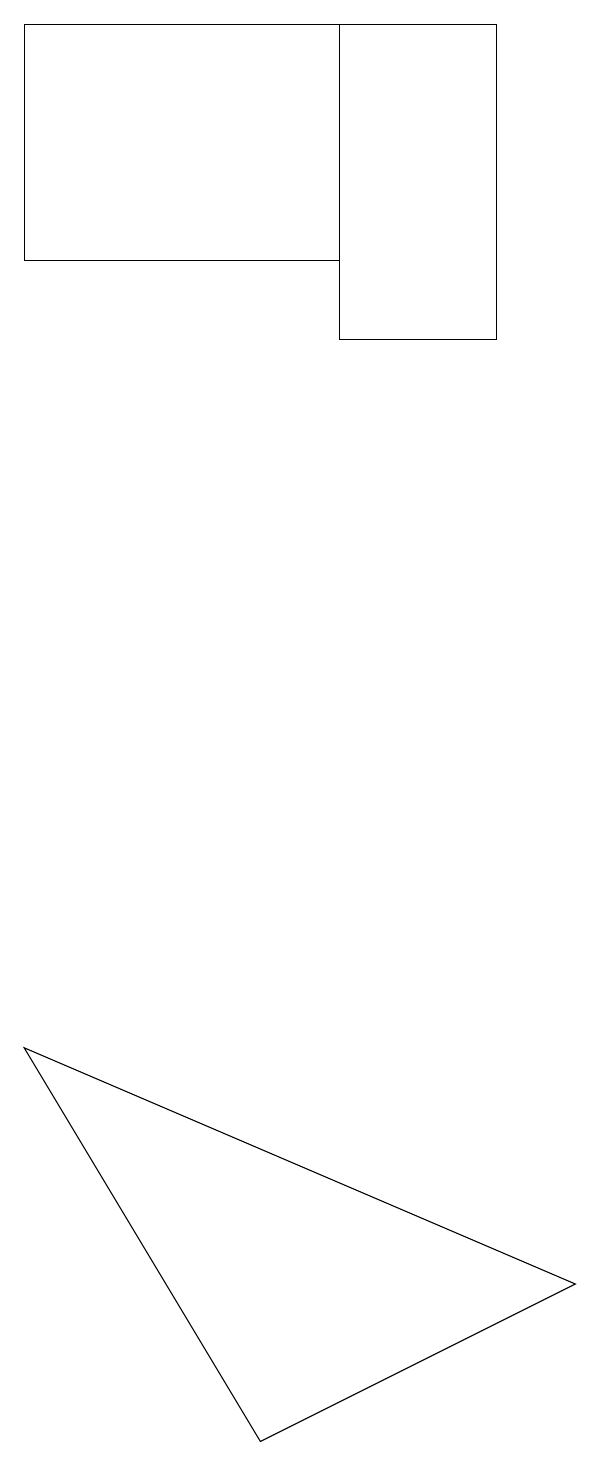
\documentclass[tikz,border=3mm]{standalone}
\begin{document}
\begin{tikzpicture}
\draw (4,18) rectangle (0,15);
\draw (6,14) rectangle (4,18);
\draw (7,2) -- (0,5) -- (3,0) -- cycle;
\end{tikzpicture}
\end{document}